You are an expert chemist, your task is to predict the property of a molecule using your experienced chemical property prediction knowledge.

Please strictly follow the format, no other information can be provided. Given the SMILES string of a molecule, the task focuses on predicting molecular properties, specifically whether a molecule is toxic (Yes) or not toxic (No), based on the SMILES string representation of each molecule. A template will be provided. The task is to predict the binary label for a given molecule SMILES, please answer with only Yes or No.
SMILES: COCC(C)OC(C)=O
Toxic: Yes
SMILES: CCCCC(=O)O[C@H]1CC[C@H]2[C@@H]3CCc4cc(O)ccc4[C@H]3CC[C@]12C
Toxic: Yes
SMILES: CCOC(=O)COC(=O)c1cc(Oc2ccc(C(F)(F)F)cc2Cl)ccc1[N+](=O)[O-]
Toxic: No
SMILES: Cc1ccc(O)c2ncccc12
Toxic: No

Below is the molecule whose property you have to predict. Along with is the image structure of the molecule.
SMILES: CCCCCCCCCCCCCCCl
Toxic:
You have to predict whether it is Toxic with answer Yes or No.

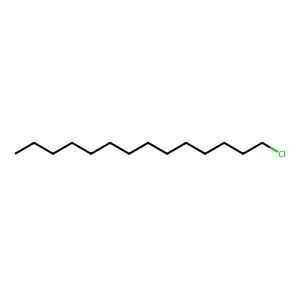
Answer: No